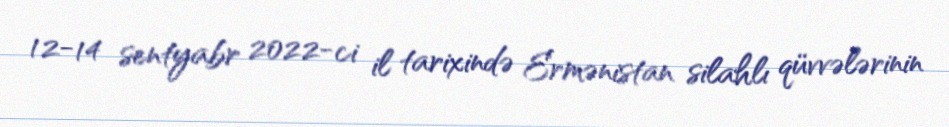
12-14 sentyabr 2022-ci il tarixində Ermənistan silahlı qüvvələrinin